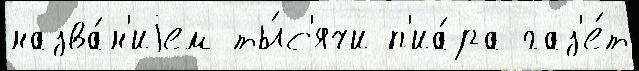
назва́н'иjем ты́с'ячи п'иа́ра газ'е́т